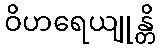
ဝိဟရေယျုန္တိ